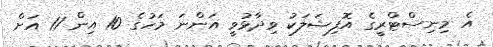
އެ މިނިސްޓްރީގެ އޮފިޝަލަކު ވިދާޅުވީ އަންނަ މަހުގެ 10 އިން 11 އަށް